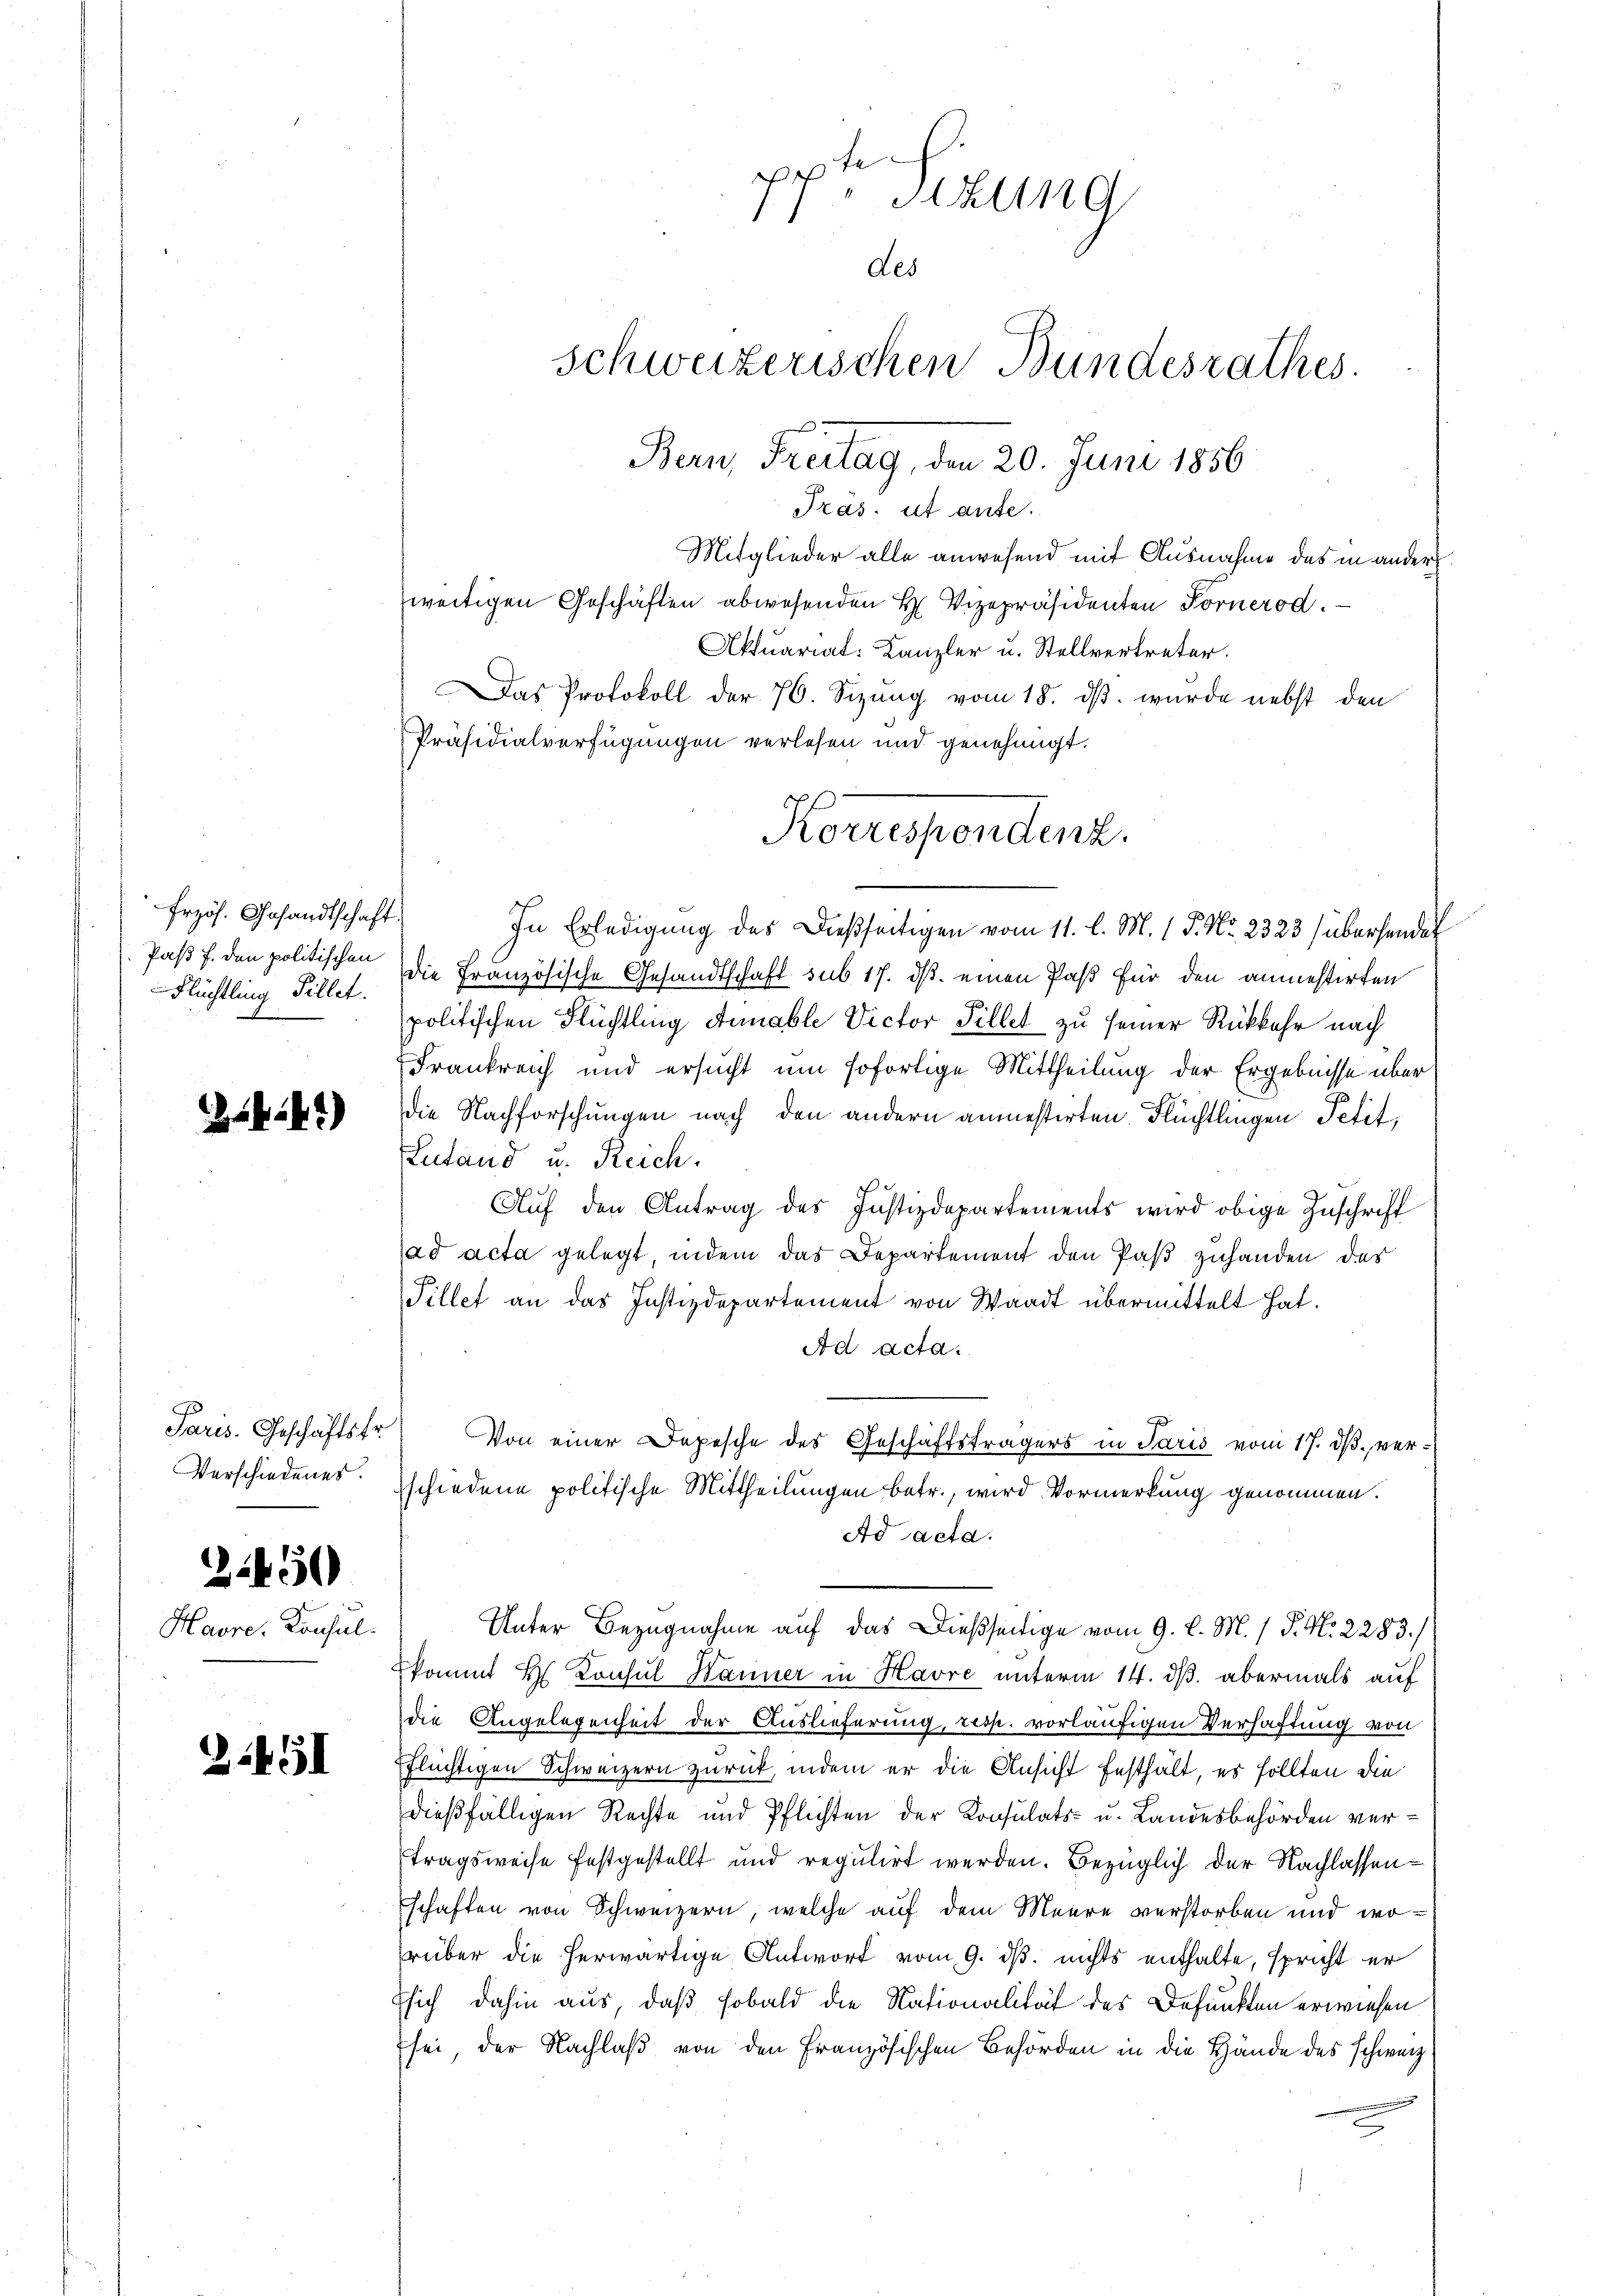
Erzös. Gesandtschaft
Flüchtling Pillet.

.61)

Paris. Geschäftsfr.
Verschiedenes.

3450

Havre-Konsul

2.451

t
Sitzung
)
des
schweizerischen Bundesrathes.
Bern, Freitag, den 20. Juni 1856

Präs. ut ante.
Mitglieder alle anwesend mit Ausnahme des in ander
weitigen Geschäften abwesenden H. Vizepräsidenten Fornerod.
Aktuariat: Kanzler u. Stellvertreter.
Das Protokoll der 76. Sizung vom 18. dβ. wurde nebst den
Präsidialverfügungen verlesen und genehmigt.
In Erledigung des Dießseitigen vom 11. l. M. 1 P. Nr. 2323 (übersendet
Pas f. den politischen die Französische Gesandtschaft sub 17. ds. einen Paß für den anmestirten
politischen Flüchtling Annable Victor Pillet zu seiner Rückkehr nach
Frankreich und ersucht um sofortige Mittheilung der Ergebnisse über
die Nachforschungen nach den andern anmestirten Flüchtlingen Petit,
Lutand u. Reich.
Auf den Antrag des Justizdepartements wird obige Zuschrift
ad acta gelegt, indem das Departement den Paß zuhanden der
Pillet an das Justizdepartement von Waadt übermittelt hat.
Ad acta.
Von einer Depesche des Geschäftsträgers in Paris vom 17. d. verschiedene politische Mittheilungen betr., wird Vormerkung genommen.
Ad acta.
Unter Bezugnahme auf das Dießseitige vom 9. l. M. / P. Nr. 2283.)
kommt H. Konsul Wanner in Havre unterm 14. ds. abermals auf
die Angelegenheit der Auslieferung, resp. vorläufigen Verhaftung von
pflüchtigen Schweizern zurück, indem er die Ansicht festhält, es sollten die
dießfälligen Rechte und Pflichten der Konsulats- u. Landesbehörden vertragsweise festgestellt und regulirt werden. Bezüglich der Nachlassenschaften von Schweizern, welche auf dem Meere verstorben und worüber die herwärtige Antwort vom 9. ds. nichts enthalte, spricht er
Esich dahin aus, daß sobald die Nationalität des Befunkten erwiesen
sei, der Nachlaß von den Französischen Behörden in die Hände des schweiz.

Korrespendenz.